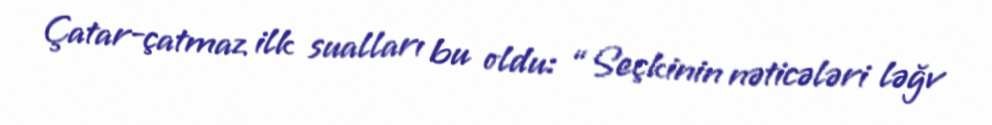
Çatar-çatmaz ilk sualları bu oldu: “Seçkinin nəticələri ləğv